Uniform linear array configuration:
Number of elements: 12
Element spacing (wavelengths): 0.25
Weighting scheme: uniform
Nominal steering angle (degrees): -15
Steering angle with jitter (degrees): -15.784
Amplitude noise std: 0.05
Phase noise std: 0.05

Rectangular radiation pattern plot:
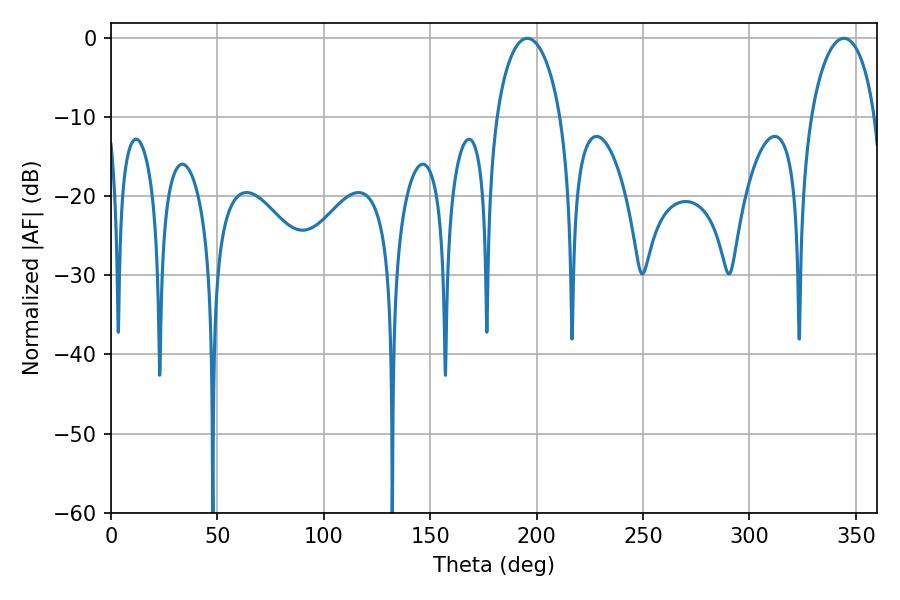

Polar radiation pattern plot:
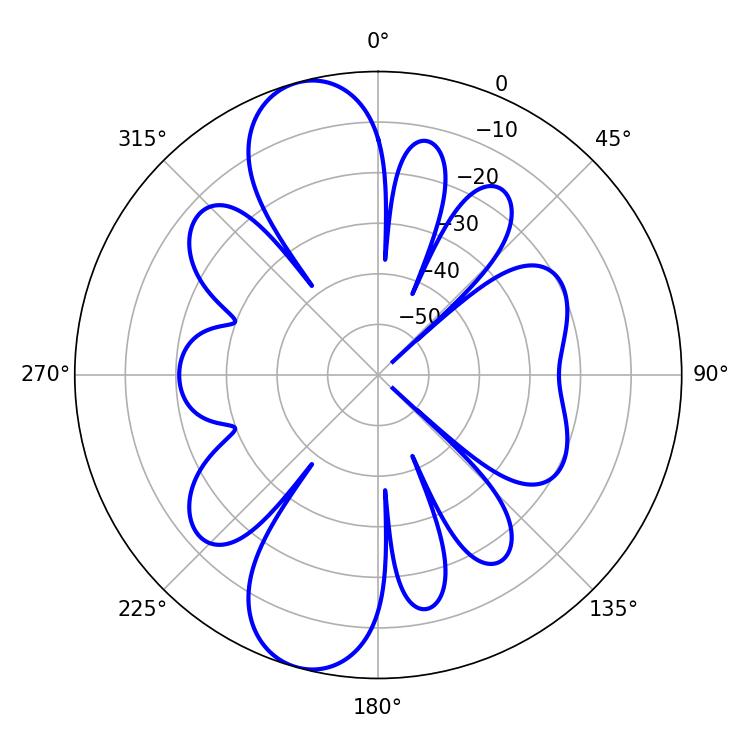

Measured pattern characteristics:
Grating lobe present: FALSE
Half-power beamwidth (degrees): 17.28
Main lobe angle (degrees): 195.66